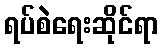
ရပ်စဲရေးဆိုင်ရာ